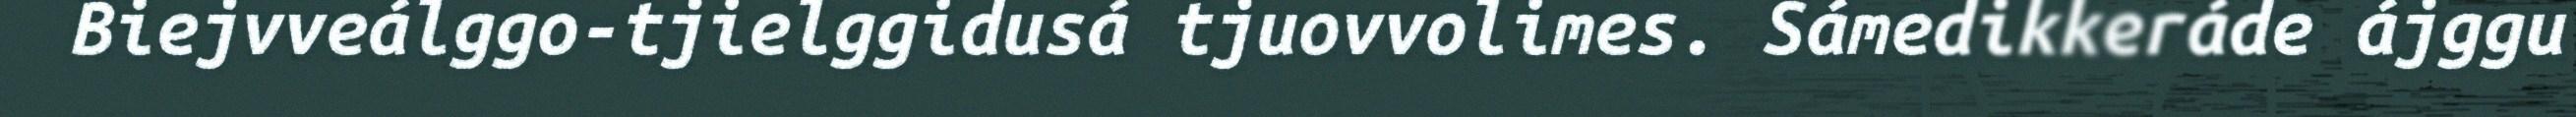
Biejvveálggo-tjielggidusá tjuovvolimes. Sámedikkeráde ájggu